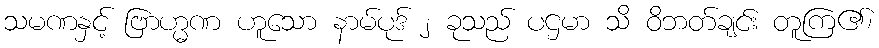
သမဏနှင့် ဗြာဟ္မဏ ဟူသော နာမ်ပုဒ် ၂ ခုသည် ပဌမာ သိ ဝိဘတ်ချင်း တူကြ၏၊